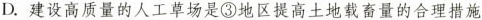
D.建设高质量的人工草场是③地区提高土地载畜量的合理措施